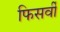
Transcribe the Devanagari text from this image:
फिसर्वी